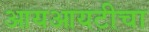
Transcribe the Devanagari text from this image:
आयआयटीचा